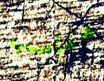
مناسب